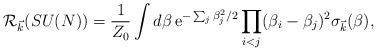
LaTeX: \begin{align*}{\cal R}_{\vec k}(SU(N))= {1 \over Z_0} \int d\beta \, {\rm e}^{-\sum_j \beta_j^2/2}\prod_{i<j} (\beta_i -\beta_j)^2 \sigma_{\vec k}(\beta),\end{align*}